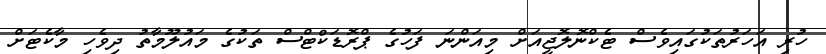
ހުރި އަހަރުތަކުގައިވެސް ޓެކްނޮލޮޖީއަށް މިއަންނަ ފަހުގެ ޕްރޮޑަކްޓްސް ތަކުގެ މައުލޫމާތު ދިވެހި މާކެޓަށް